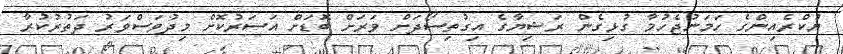
ޔުކްރެއިންގެ ހަމަނުޖެހުމާ ގުޅިގެން ރަޝިޔާގެ އިގުތިސޯދަށް ވަރަށް ބޮޑަށް އަސަރުކޮށް މިދުވަސްވަރު ދަތުރުކުރާ